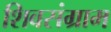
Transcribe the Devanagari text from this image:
शिवसंग्राम